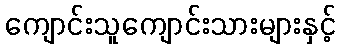
ကျောင်းသူကျောင်းသားများနှင့်